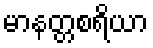
မာနတ္တစရိယာ